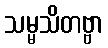
သမ္မသိတဗ္ဗာ